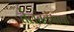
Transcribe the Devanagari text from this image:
तेलतवंगाचा